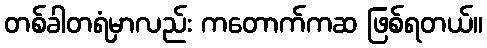
တစ်ခါတရံမှာလည်း ကတောက်ကဆ ဖြစ်ရတယ်။